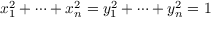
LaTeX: x _ { 1 } ^ { 2 } + \dots + x _ { n } ^ { 2 } = y _ { 1 } ^ { 2 } + \dots + y _ { n } ^ { 2 } = 1